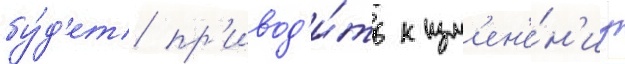
бу́д'ет пр'ивод'и́ть к изм'ен'е́н'иу